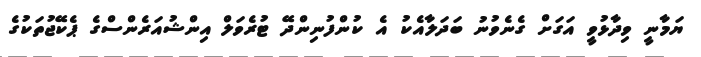
ޔަމާނީ ވިދާޅުވީ އަގަށް ގެނެވުނު ބަދަލާއެކު އެ ކުންފުނިންދޭ ޓުރެވަލް އިންޝުއަރެންސްގެ ޕެކޭޖުތަކުގެ